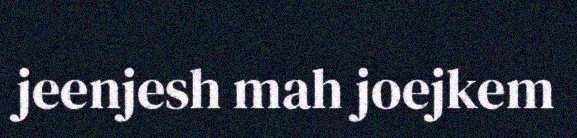
jeenjesh mah joejkem